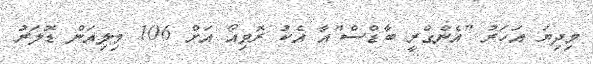
މިދިޔަ އަހަރު "އެންގްރީ ބާޑްސް"އާ އެކު ރޮވިއޯ އަށް 106 މިލިއަން ޑޮލަރު